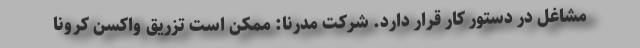
مشاغل در دستور کار قرار دارد. شرکت مدرنا: ممکن است تزریق واکسن کرونا